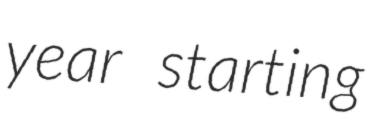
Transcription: year starting